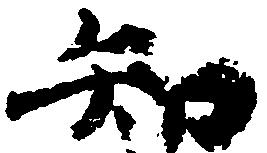
知